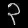
Digit: ၃